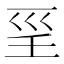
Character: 𡿱